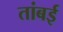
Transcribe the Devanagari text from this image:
तांबई